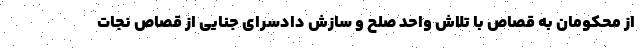
از محکومان به قصاص با تلاش واحد صلح و سازش دادسرای جنایی از قصاص نجات